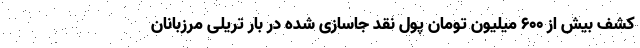
کشف بیش از 600 میلیون تومان پول نقد جاسازی شده در بار تریلی مرزبانان